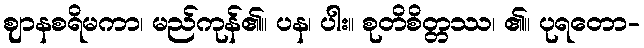
ဈာနစရိမကာ၊ မည်ကုန်၏။ ပန၊ ပါး။ စုတိစိတ္တဿ၊ ၏။ ပုရတော-